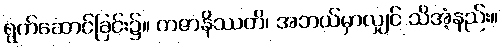
ရွက်ဆောင်ခြင်း၌။ ကဇာနိဿတိ၊ အဘယ်မှာလျှင် သိအံ့နည်း။